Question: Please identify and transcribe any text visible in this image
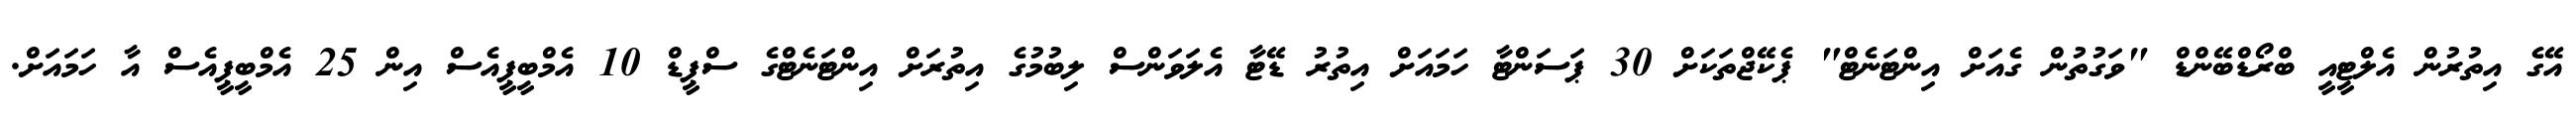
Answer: އޭގެ އިތުރުން އެލްޓީއީ ބްރޯޑްބޭންޑް "ވަގުތުން ގެއަށް އިންޓަނެޓް" ޕެކޭޖްތަކަށް 30 ޕަސަންޓާ ހަމައަށް އިތުރު ޑޭޓާ އެލަވަންސް ލިބުމުގެ އިތުރަށް އިންޓަނެޓްގެ ސްޕީޑް 10 އެމްބީޕީއެސް އިން 25 އެމްބީޕީއެސް އާ ހަމައަށް.